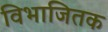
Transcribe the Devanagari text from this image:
विभाजितक